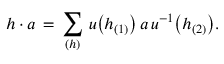
h \cdot a \, = \, \sum _ { ( h ) } \, u \big ( h _ { ( 1 ) } \big ) \, a \, u ^ { - 1 } \big ( h _ { ( 2 ) } \big ) .